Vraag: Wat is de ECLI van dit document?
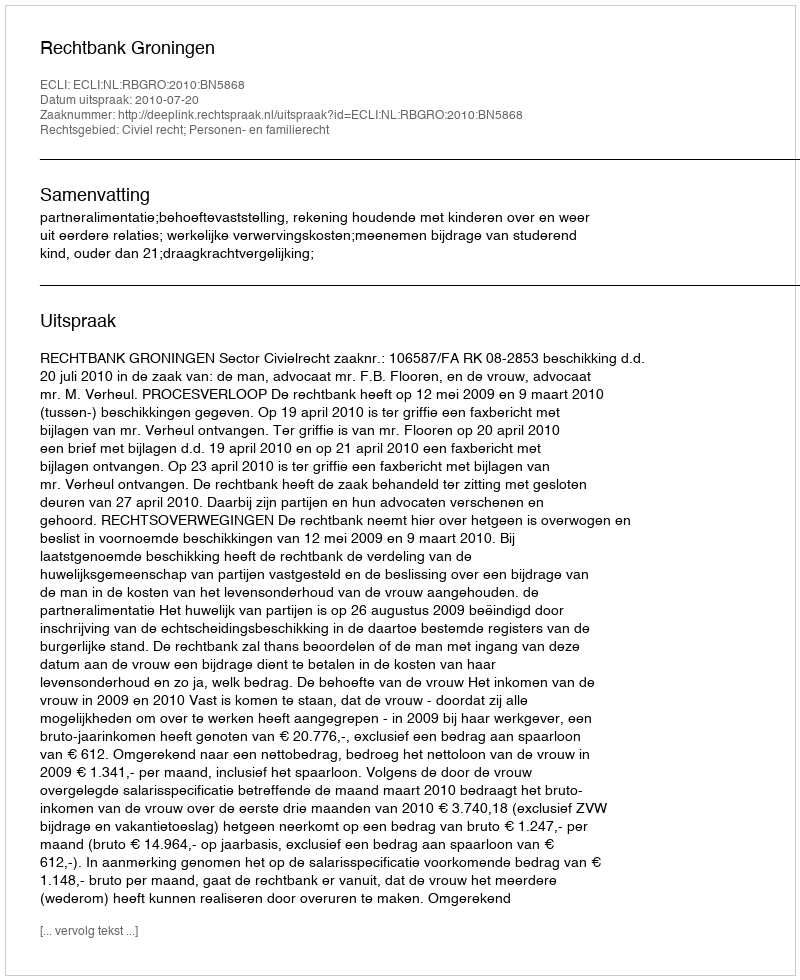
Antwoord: ECLI:NL:RBGRO:2010:BN5868